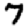
Digit: 7